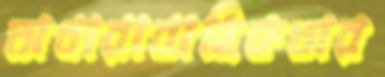
অধারাবাহিকতার